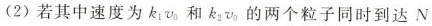
(2)若其中速度为k_{1}v_{0}和k_{2}v_{0}的两个粒子同时到达N